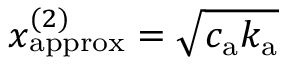
{ x _ { \mathrm { a p p r o x } } ^ { ( 2 ) } = \sqrt { c _ { \mathrm { a } } k _ { \mathrm { a } } } }